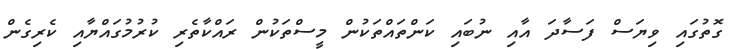
ގޮތުގައި ވިޔަސް ފަސާދަ އާއި ނުބައި ކަންތައްތަކުން މީސްތަކުން ރައްކާތެރި ކުރުމުގައްޔާއި ކެރިގެން